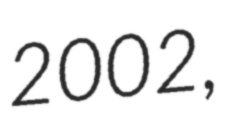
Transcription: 2002,